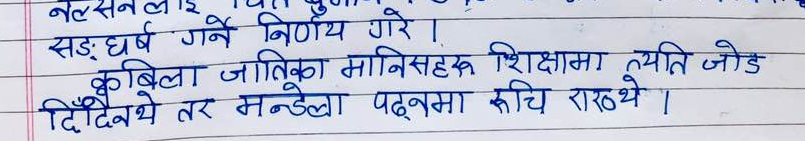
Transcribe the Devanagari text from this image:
नल्सनलाई
सङ्घर्ष गर्ने निर्णय गरे ।
कबीला जातिका मानिसहरु शिक्षामा त्यति जोड
दिंदैन तर मन्डेला पढ्नमा रुचि राख्थे ।